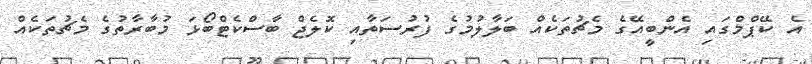
އެ ކޭޕްމްގައި އެންބީއޭގެ މެޗުތަކެއް ބަލާލުމުގެ ފުރުސަތާއި ކޮލެޖް ބާސްކެޓްބޯޅަ މުބާރާތުގެ މެޗުތަކެއް